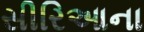
સીરિઆના